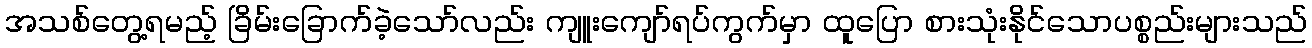
အသစ်တွေ့ရမည့် ခြိမ်းခြောက်ခဲ့သော်လည်း ကျူးကျော်ရပ်ကွက်မှာ ထူပြော စားသုံးနိုင်သောပစ္စည်းများသည်